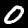
Label: 0